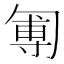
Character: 𠣵